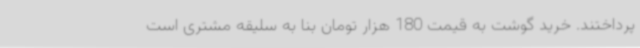
پرداختند. خرید گوشت به قیمت 180 هزار تومان بنا به سلیقه مشتری است